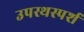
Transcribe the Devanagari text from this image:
उपस्थस्पर्श